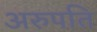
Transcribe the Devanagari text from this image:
अरुपति